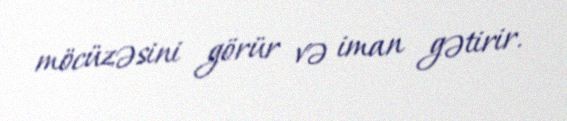
möcüzəsini görür və iman gətirir.